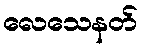
လေသေနတ်